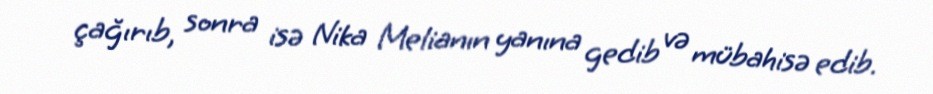
çağırıb, sonra isə Nika Melianın yanına gedib və mübahisə edib.